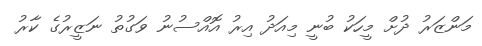
މަންޒަރު ދުށް މީހަކު ބުނީ މިއަދު އިރު އޮއްސުނު ވަގުތު ނަޒީރުގެ ކާރު